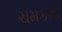
ચમકતો